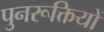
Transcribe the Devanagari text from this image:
पुनरूक्तियों